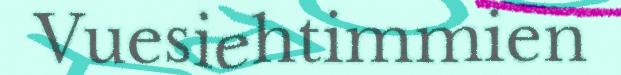
Vuesiehtimmien